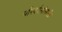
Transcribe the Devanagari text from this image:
परिवर्तनांसाठी